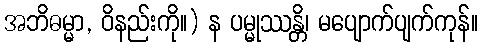
အဘိဓမ္မာ, ဝိနည်းကို။) န ပမ္မုဿန္တိ၊ မပျောက်ပျက်ကုန်။